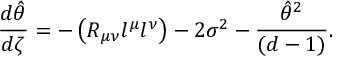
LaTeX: { \frac { d \hat { \theta } } { d \zeta } } = - \left( R _ { \mu \nu } l ^ { \mu } l ^ { \nu } \right) - 2 \sigma ^ { 2 } - { \frac { { \hat { \theta } } ^ { 2 } } { ( d - 1 ) } } .